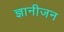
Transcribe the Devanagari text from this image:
ज्ञानीजन